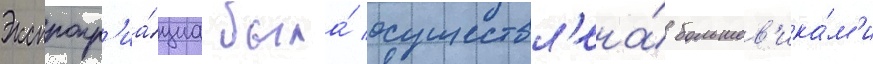
Экспропр'иа́циа была́ осуществл'ена́ большев'ика́м'и